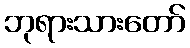
ဘုရားသားတော်